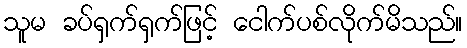
သူမ ခပ်ရှက်ရှက်ဖြင့် ငေါက်ပစ်လိုက်မိသည်။